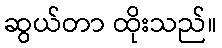
ဆွယ်တာ ထိုးသည်။